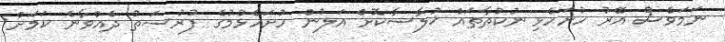
ނަމަވެސް އޭރު ހުށަހެޅި ނުކުތާތައް ޚުލާސާކޮށް އަލުން ހުށަހެޅުމުގެ ފުރުސަތު ދެއްވާނެ ކަމަށް